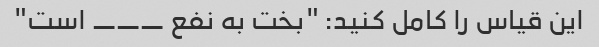
این قیاس را کامل کنید: "بخت به نفع ___ است"